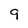
Character: 9